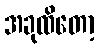
အခုထိတော့